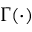
\Gamma ( \cdot )